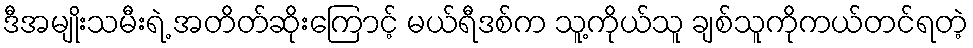
ဒီအမျိုးသမီးရဲ့ အတိတ်ဆိုးကြောင့် မယ်ရီဒစ်က သူ့ကိုယ်သူ ချစ်သူကိုကယ်တင်ရတဲ့